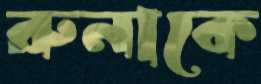
রুনাকে